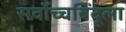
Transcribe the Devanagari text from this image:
सर्वोच्चबिंदूला